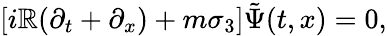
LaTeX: [i\mathbb{R}(\partial_{t}+\partial_{x})+m\sigma_{3}]\tilde{{\Psi}}(t,x)=0,